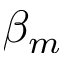
\beta _ { m }